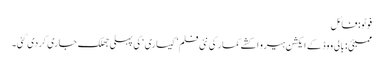
فوٹو: فائل
ممبئی: بالی ووڈ کے ایکشن ہیرو اکشے کمار کی نئی فلم ’کیساری‘ کی پہلی جھلک جاری کردی گئی۔